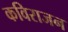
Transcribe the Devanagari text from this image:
कविराजन